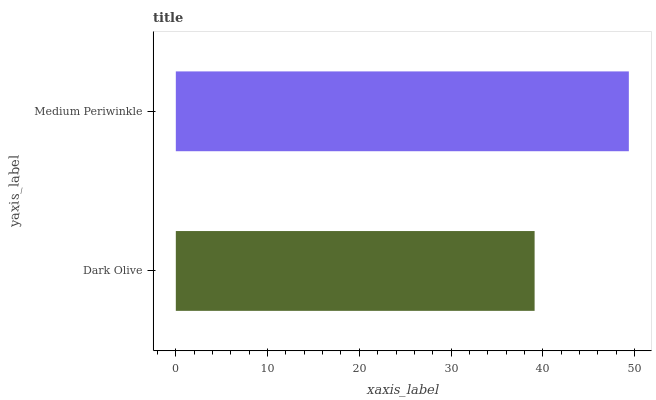
| yaxis_label | bars |
 | --- | --- |
 | Dark Olive | 39.1 |
 | Medium Periwinkle | 49.4 |